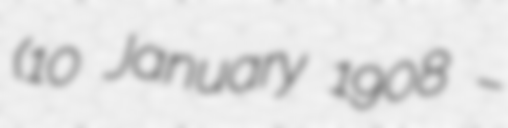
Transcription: (10 January 1908 –